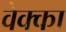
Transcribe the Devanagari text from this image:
वेक्का